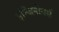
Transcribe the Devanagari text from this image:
इन्जिनीयर्स